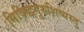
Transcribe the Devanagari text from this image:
निषिद्धगुरुशिष्यस्तु